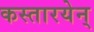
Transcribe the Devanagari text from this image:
कस्तारयेन्